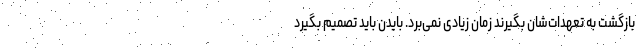
بازگشت به تعهدات‌شان بگیرند زمان زیادی نمی‌برد. بایدن باید تصمیم بگیرد